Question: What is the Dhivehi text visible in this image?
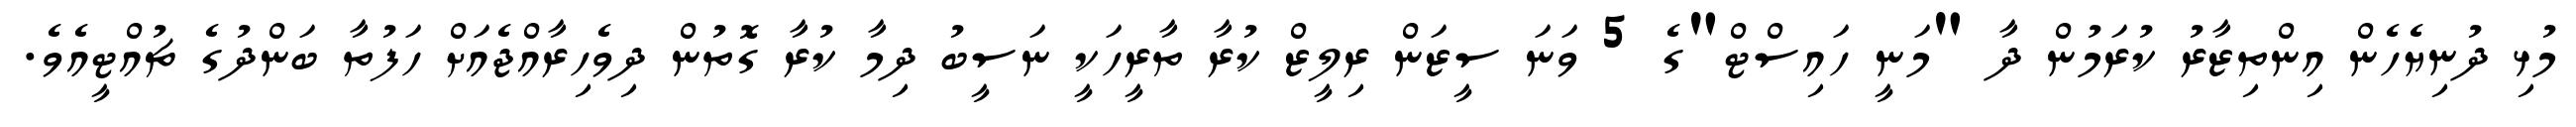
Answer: މުޅި ދުނިޔެހެން އިންތިޒާރު ކުރަމުން ދާ "މަނީ ހައިސްޓް"ގެ 5 ވަނަ ސީޒަން ރިލީޒް ކުރާ ތާރީހަކީ ނަސީބު ދިމާ ކުރާ ގޮތުން ދިވެހިރާއްޖެއަށް ހަފުތާ ބަންދުގެ ޗުއްޓީއެވެ.